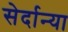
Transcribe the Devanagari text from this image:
सेर्दान्या